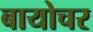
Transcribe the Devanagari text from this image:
बायोचर